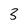
Character: 3